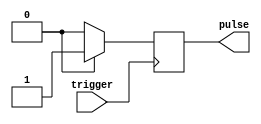
module Asynchronous_Pulse_Generator (
    input trigger,
    output reg pulse
);

reg [31:0] pulse_width = 32'h0; // default pulse width
reg [31:0] pulse_duration = 32'h0; // default pulse duration
reg [31:0] pulse_frequency = 32'h0; // default pulse frequency

always @ (posedge trigger) begin
    // Timing control blocks to generate pulse width, duration, and frequency based on input parameters
    // Add your code here
    
    // Synchronization blocks to ensure pulses are synchronized with the system
    // Add your code here

    // Generate pulses based on timing control and synchronization blocks
    if (condition) begin
        pulse <= 1'b1;
    end
    else begin
        pulse <= 1'b0;
    end
end

endmodule